Assam Mental Hospital (Tezpur, India) - 1933-1948
Year: 1933
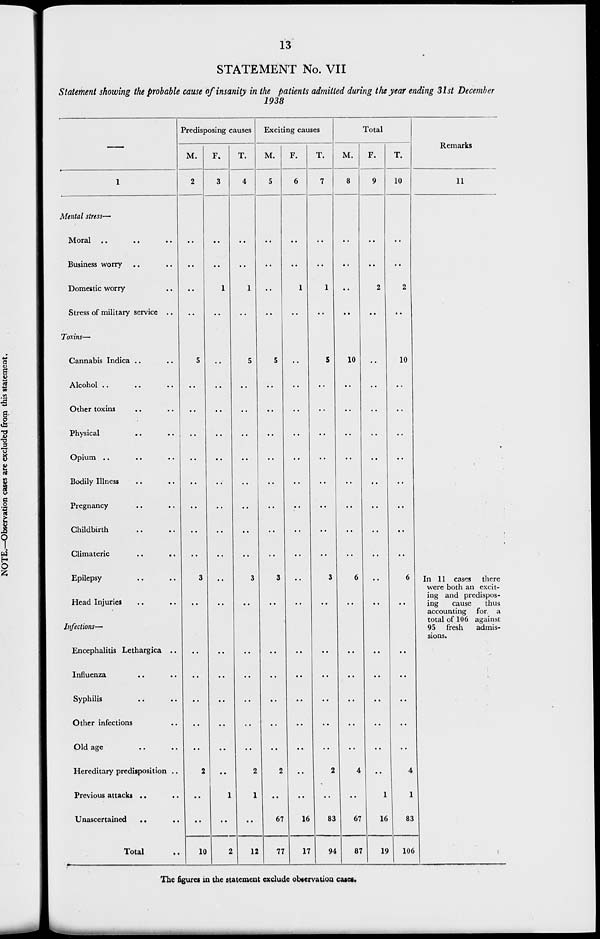
13
STATEMENT No. VII
Statement showing the probable cause of insanity in the patients admitted during the year ending 31st December
1938
1
Mental stress—
Moral .. .. ..
Business worry .. ..
Domestic worry .. ..
Stress of military service ..
Toxins—
Cannabis Indica .. ..
Alcohol .. .. ..
Other toxins .. ..
Physical
..
..
Opium .. .. ..
Bodily Illness .. .. ..
Pregnancy .. .. ..
Childbirth .. .. ..
Climateric
..
..
Epilepsy .. ..
Head Injuries .. ..
Infections—
Encephalitis Lethargica ..
Influenza .. ..
Syphilis .. ..
Other infections .. ..
Old age .. ..
Hereditary predisposition ..
Previous attacks ..
..
Unascertained
.. ..
Total ..
Predisposing causes
M.
2
..
..
..
..
5
..
..
..
..
..
..
..
..
3
..
..
..
..
..
..
2
..
..
10
F.
3
..
..
1
..
..
..
..
..
..
..
..
..
..
..
..
..
..
..
..
..
..
1
..
2
T.
4
..
..
1
..
5
..
..
..
..
..
..
..
..
3
..
..
..
..
..
..
2
1
..
12
Exciting causes
M.
5
..
..
..
..
5
..
..
..
..
..
..
..
3
..
..
..
..
..
..
2
..
67
77
F.
6
..
..
1
..
..
..
..
..
..
..
..
..
..
..
..
..
..
..
..
..
..
..
16
17
T.
7
..
..
1
..
5
..
..
..
..
..
..
..
..
3
..
..
..
..
..
..
2
..
83
94
Total
M.
8
..
..
..
..
10
..
..
..
..
..
..
..
..
6
..
..
..
..
..
..
4
..
67
87
F.
9
..
..
2
..
..
..
..
..
..
..
..
..
..
..
..
..
..
..
..
..
..
1
16
19
T.
10
..
..
2
..
10
..
..
..
..
..
..
..
..
6
..
..
..
..
..
..
4
1
83
106
Remarks
11
In 11 cases there
were both an excit-
ing and predispos-
ing
cause
thus
accounting for a
total of 106 against
95 fresh
admis-
sions.
The figures in the statement exclude observation cases.